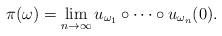
LaTeX: \begin{align*}\pi(\omega) = \lim_{n\to\infty} u_{\omega_1}\circ\cdots\circ u_{\omega_n}(0).\end{align*}